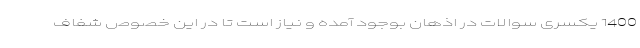
1400 یکسری سوالات در اذهان بوجود آمده و نیاز است تا در این خصوص شفاف